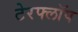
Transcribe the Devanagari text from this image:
टेरफ्लॉप